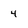
Character: 4